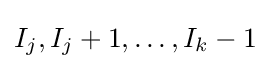
I_{j},I_{j}+1,\ldots ,I_{k}-1